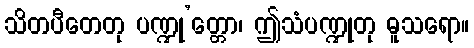
သိတပီတေတု ပဏ္ဍု’တ္တော၊ ဤသံပဏ္ဍုတု ဓူသရော။